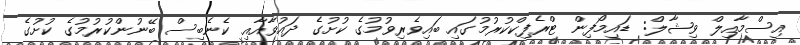
އިސްމާއިލް ވިޝާލް: ޑައިމޯފިން ޓްރެފިކްކުރުމުގައި ބައިވެރިވުމުގެ ކުށުގެ ދައުވާއާއި ކެނެބިސް ބޭނުންކުރުމުގެ ކުށުގެ